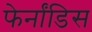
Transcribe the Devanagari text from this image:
फेर्नांडिस